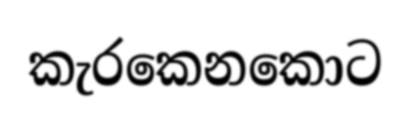
කැරකෙනකොට